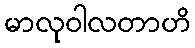
မာလုဝါလတာဟိ